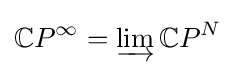
\mathbb {C} P^{\infty }=\varinjlim \mathbb {C} P^{N}